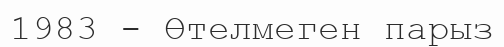
1983 - Өтелмеген парыз